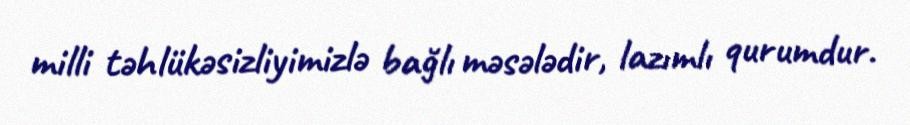
milli təhlükəsizliyimizlə bağlı məsələdir, lazımlı qurumdur.